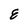
Character: E